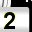
Digit: 2